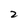
Character: 2